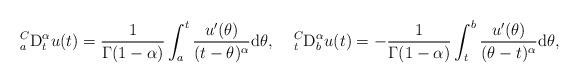
LaTeX: \begin{align*}{}_{a}^{C}\mathrm{D}_{t}^{\alpha }u(t)=\frac{1}{\Gamma (1-\alpha )}\int_{a}^{t}\frac{u^{\prime }(\theta )}{(t-\theta )^{\alpha }}\mathrm{d}\theta ,\;\;\;\;{}_{t}^{C}\mathrm{D}_{b}^{\alpha }u(t)=-\frac{1}{\Gamma (1-\alpha )}\int_{t}^{b}\frac{u^{\prime }(\theta )}{(\theta-t)^{\alpha }}\mathrm{d}\theta , \end{align*}